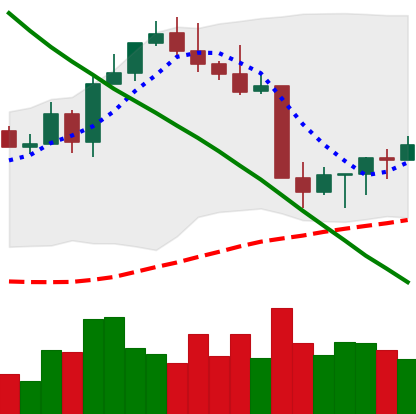
Ticker: ETH-USD
Chart end date: 2022-08-25
Forward return: -10.175%
Label: down_7plus